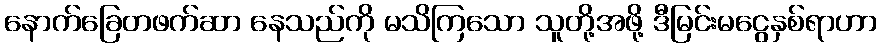
နောက်ခြေတဖက်ဆာ နေသည်ကို မသိကြသော သူတို့အဖို့ ဒီမြင်းမငွေနှစ်ရာဟာ